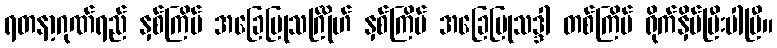
ရတနာ့ဂုဏ်ရည် နှစ်ကြိမ် အခြေပြုသင်္ဂြိုဟ် နှစ်ကြိမ် အခြေပြုသဒ္ဒါ တစ်ကြိမ် ရိုက်နှိပ်ပြီးပါပြီ။